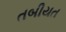
તબીયત